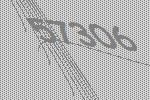
57306